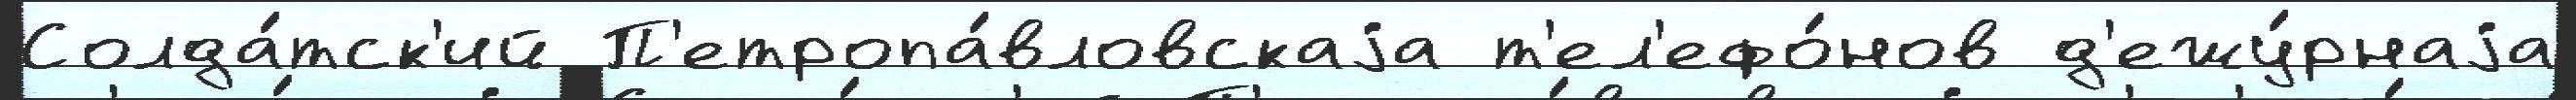
Солда́тск'ий П'етропа́вловскаjа т'ел'ефо́нов д'ежу́рнаjа